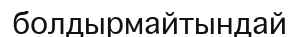
болдырмайтындай